Indian journal of veterinary science and animal husbandry - Volumes 28-29, 1958-1959
Year: 1958
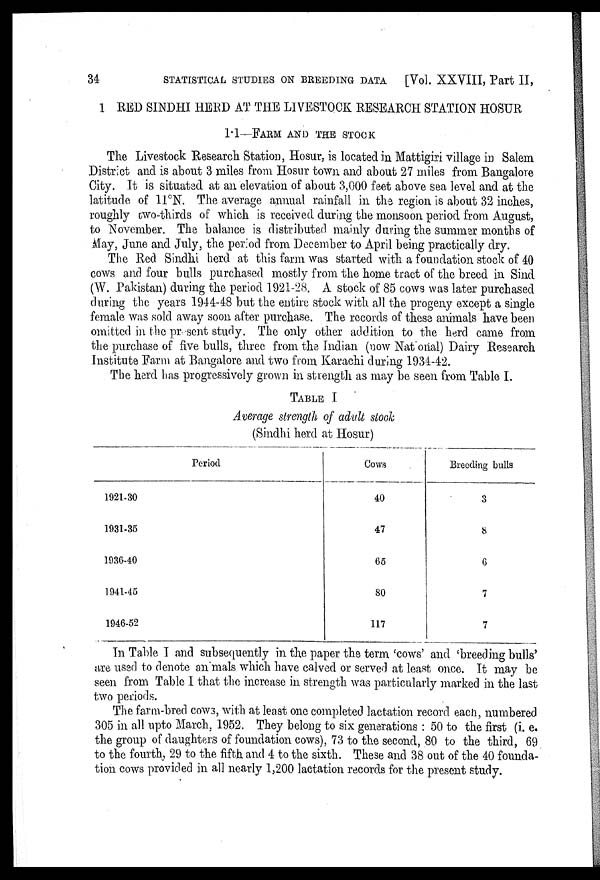
34
STATISTICAL STUDIES ON BREEDING DATA [Vol. XXVIII, Part II,
1 RED SINDHI HERD AT THE LIVESTOCK RESEARCH STATION HOSUR
1.1—FARM AND THE STOCK
The Livestock Research Station, Hosur, is located in Mattigiri village in Salem
District and is about 3 miles from Hosur town and about 27 miles from Bangalore
City. It is situated at an elevation of about 3,000 feet above sea level and at the
latitude of 11°N. The average annual rainfall in the region is about 32 inches,
roughly two-thirds of which is received during the monsoon period from August,
to November. The balance is distributed mainly during the summer months of
May, June and July, the period from December to April being practically dry.
The Red Sindhi herd at this farm was started with a foundation stock of 40
cows and four bulls purchased mostly from the home tract of the breed in Sind
(W. Pakistan) during the period 1921-28. A stock of 85 cows was later purchased
during the years 1944-48 but the entire stock with all the progeny except a single
female was sold away soon after purchase. The records of these animals have been
omitted in the present study. The only other addition to the herd came from
the purchase of five bulls, three from the Indian (now National) Dairy Research
Institute Farm at Bangalore and two from Karachi during 1934-42.
The herd has progressively grown in strength as may be seen from Table I.
TABLE I
Average strength of adult stock
(Sindhi herd at Hosur)
Period
1921-30
1931-35
1936-40
1941-45
1946-52
Cows
40
47
65
80
117
Breeding bulls
3
8
6
7
7
In Table I and subsequently in the paper the term 'cows' and 'breeding bulls'
are used to denote animals which have calved or served at least once. It may be
seen from Table I that the increase in strength was particularly marked in the last
two periods.
The farm-bred cows, with at least one completed lactation record each, numbered
305 in all upto March, 1952. They belong to six generations : 50 to the first (i. e.
the group of daughters of foundation cows), 73 to the second, 80 to the third, 69
to the fourth, 29 to the fifth and 4 to the sixth. These and 38 out of the 40 founda-
tion cows provided in all nearly 1,200 lactation records for the present study.